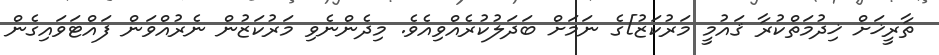
ތާރީޚަށް ޚިދުމަތްކުރާ ޤައުމީ މަރުކަޒު]ގެ ނަމަށް ބަދަލުކުރެއްވިއެވެ. މިދެންނެވި މަރުކަޒުން ނެރުއްވަން ފައްޓަވައިގެން